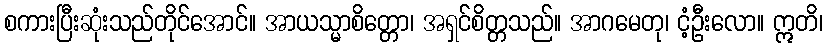
စကားပြီးဆုံးသည်တိုင်အောင်။ အာယသ္မာစိတ္တော၊ အရှင်စိတ္တသည်။ အာဂမေတု၊ ငံ့ဦးလော။ ဣတိ၊